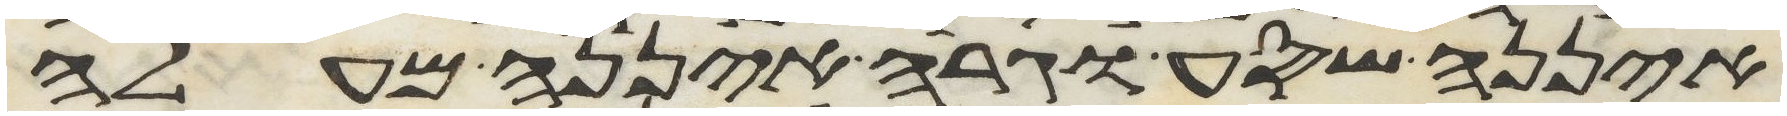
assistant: איננה שסע וגרה איננה מעלה